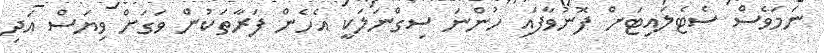
ނަމަވެސް ސެޓެލައިޓަށް ފޮނުވާފައި ހުންނަ ސިގްނަލަކީ އެހެން ފަރާތަކުން ވަގަށް ވިޔަސް އަދި